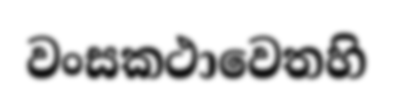
වංසකථාවෙතහි